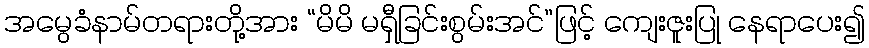
အမွေခံနာမ်တရားတို့အား “မိမိ မရှီခြင်းစွမ်းအင်”ဖြင့် ကျေးဇူးပြု နေရာပေး၍